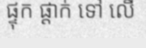
ផ្ទុក ផ្តាក់ ទៅ លើ